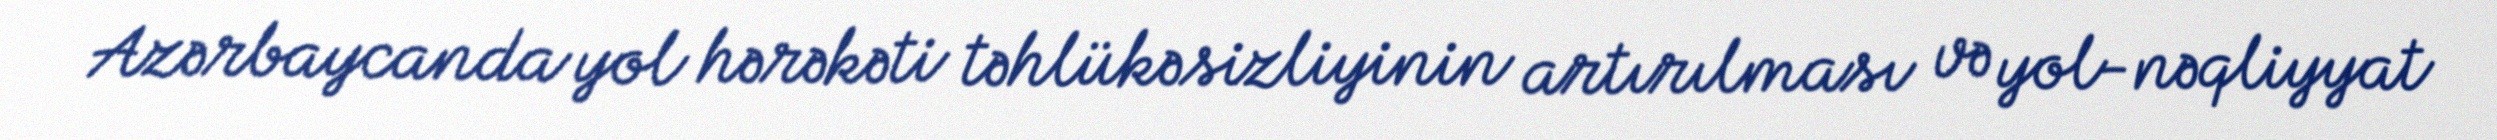
Azərbaycanda yol hərəkəti təhlükəsizliyinin artırılması və yol-nəqliyyat